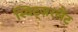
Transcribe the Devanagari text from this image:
स्विट्ज़रलैंट